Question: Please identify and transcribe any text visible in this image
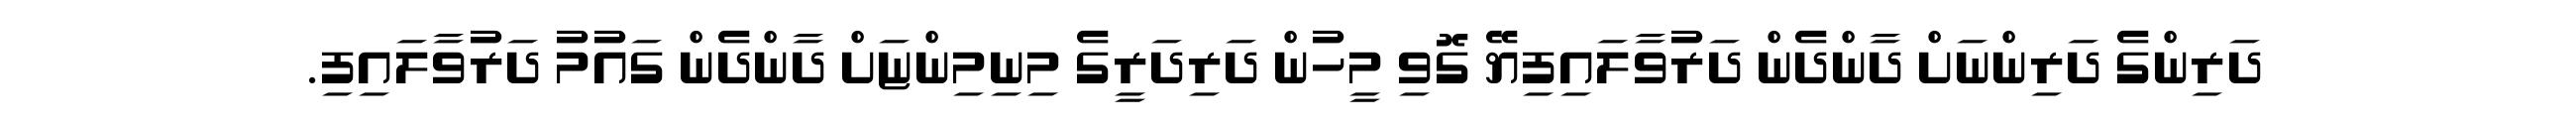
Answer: ދަރިންގެ ދަރިންނަށް ދާންދެން ދަރުވާލައިފިޔޭ ގޮވި މީހުން ދަރިދަރީގެ މިނިމިންޏަށް ދާންދެން ގައުމު ދަރުވާލައިފި.